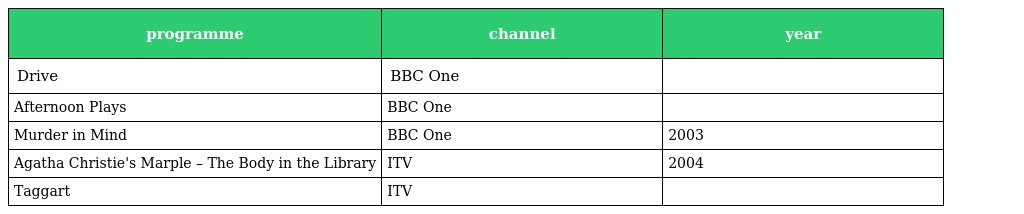
| programme | channel | year |
 | --- | --- | --- |
 | Drive | BBC One |  |
 | Afternoon Plays | BBC One |  |
 | Murder in Mind | BBC One | 2003 |
 | Agatha Christie's Marple – The Body in the Library | ITV | 2004 |
 | Taggart | ITV |  |